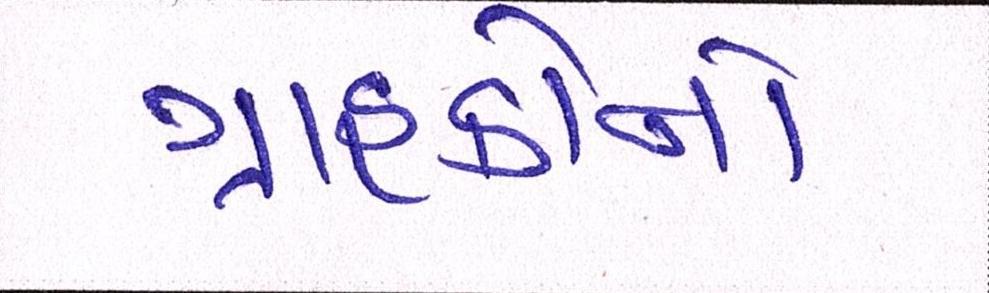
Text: ગ્રાહકોનો